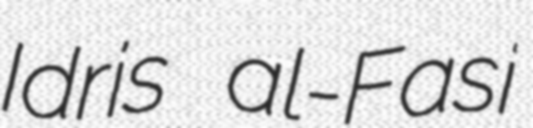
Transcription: Idris al-Fasi